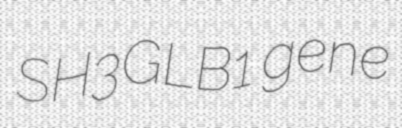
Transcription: SH3GLB1 gene